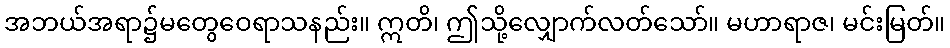
အဘယ်အရာ၌မတွေဝေရာသနည်း။ ဣတိ၊ ဤသို့လျှောက်လတ်သော်။ မဟာရာဇ၊ မင်းမြတ်။